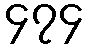
၄၇၄